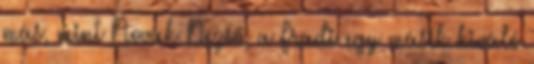
más, mint Novák Dezső, a Fradi egy másik kiváló